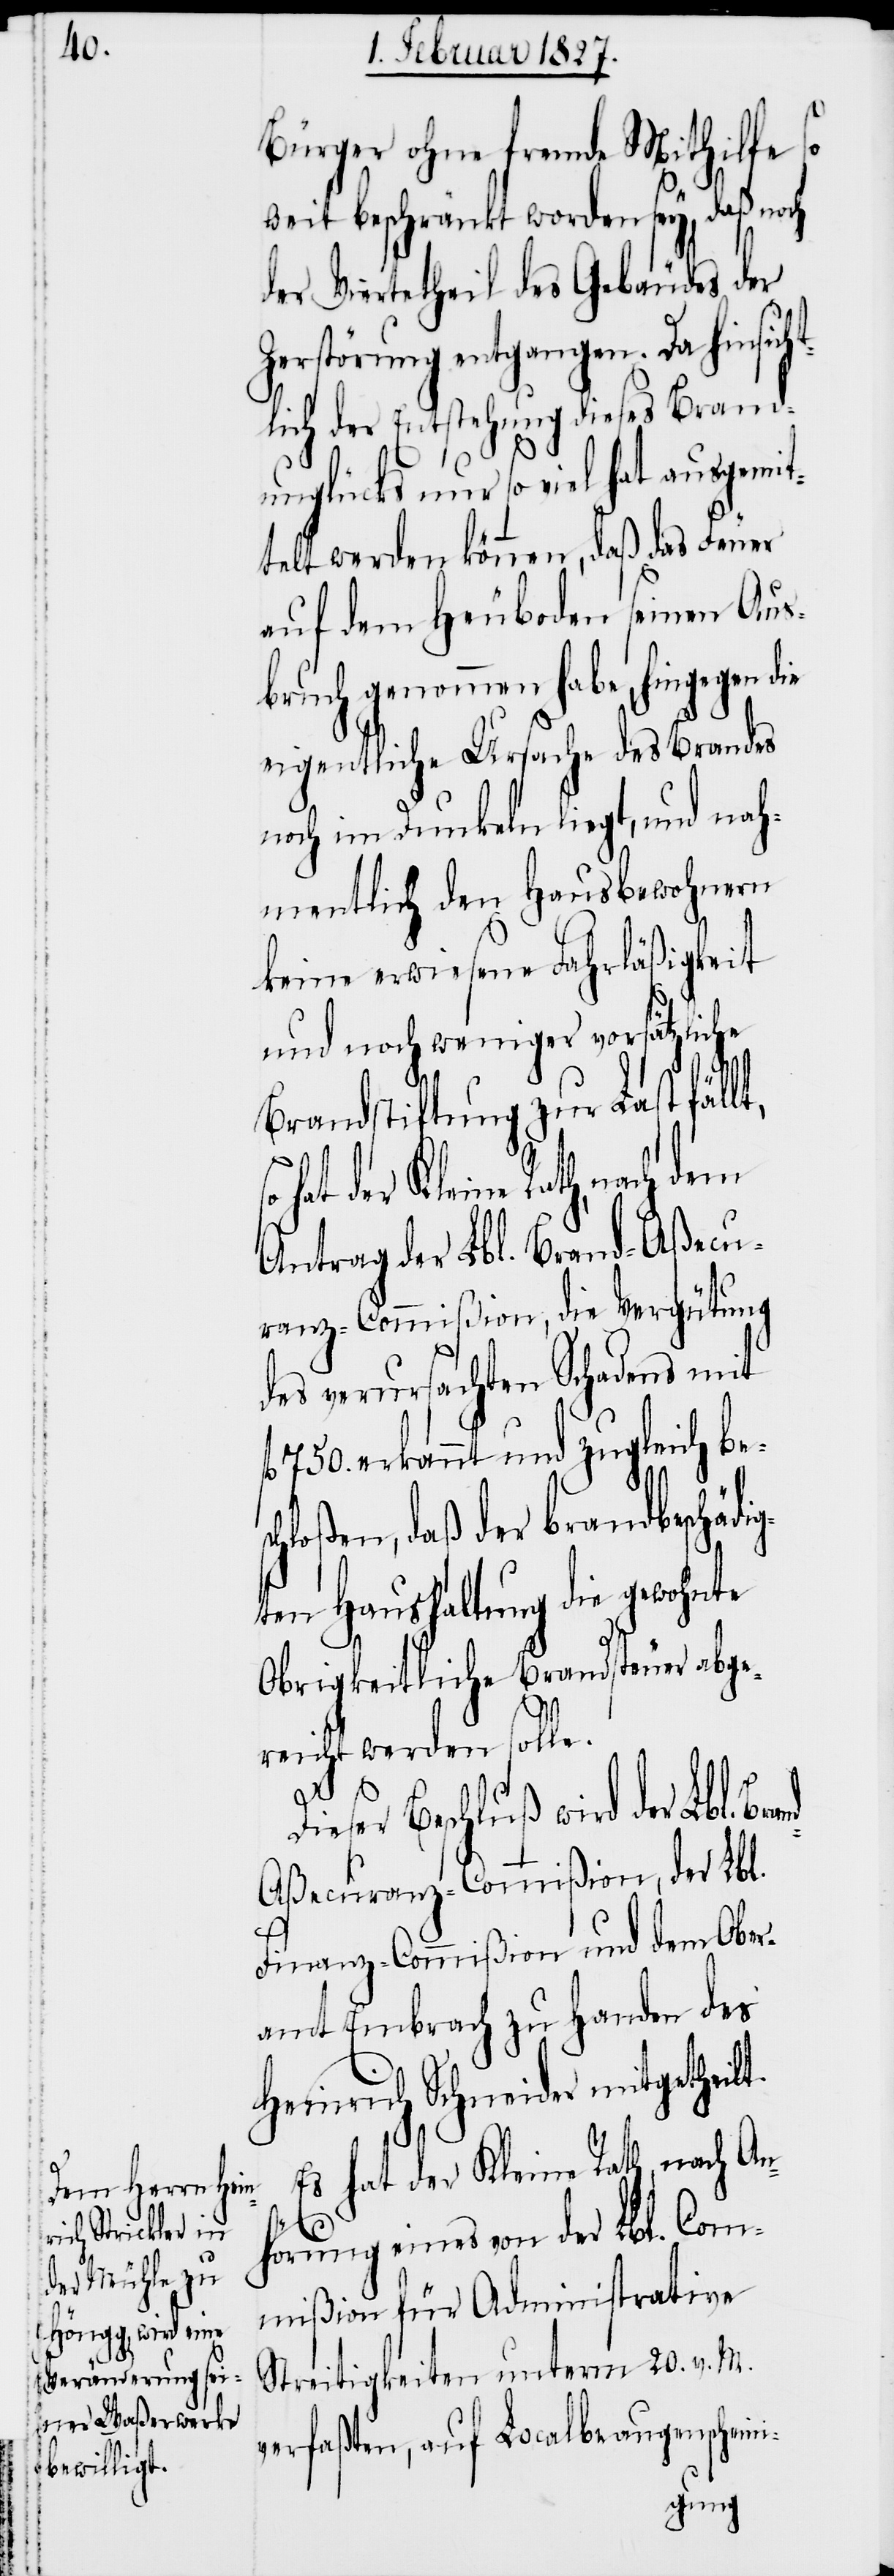
ran¬
Bürger ohne fremde Mithilfe so
weit beschränkt worden sey, daß noch
der Viertetheil des Gebäudes der
Zerstörung entgangen. Da hinsich¬
tlich der Entstehung dieses Brand¬
unglücks nur so viel hat ausgemit¬
telt werden können, daß das Feuer
auf dem Heuboden seinen Aus¬
bruch genommen habe, hingegen d¬
eigentliche Ursache des Brandes
noch im Dunkeln liegt, und nah¬
mentlich den Hausbewohnern
keine erwiesene Fahrläßigkeit
und noch weniger vorsätzliche
Brandstiftung zur Last fällt,
Antrag der Lbl. Brand-Aßecu¬
ranz-Commißion, die Vergütung
des verursachten Schadens mit
750. erkannt und zugleich be¬
hloßen, daß der brandbeschäd¬
ten Haushaltung die gewohnte
Obrigkeitliche Brandsteuer abge¬
reicht werden solle.
Beschluß wird der Lbl. B¬
d-Aßecuranz-Commißion, der Lbl.
Finanz-Commißion und dem Ober¬
amt Embrach zu Handen des
Heinrich Schneider mitgetheilt.
Es hat der Kleine Rath, nach An¬
hörung eines von der Lbl. Com¬
mißion für Administrative
Streitigkeiten unterm 20. v. M.
verfaßten, auf Localbeaugenscheini-